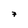
Character: 7